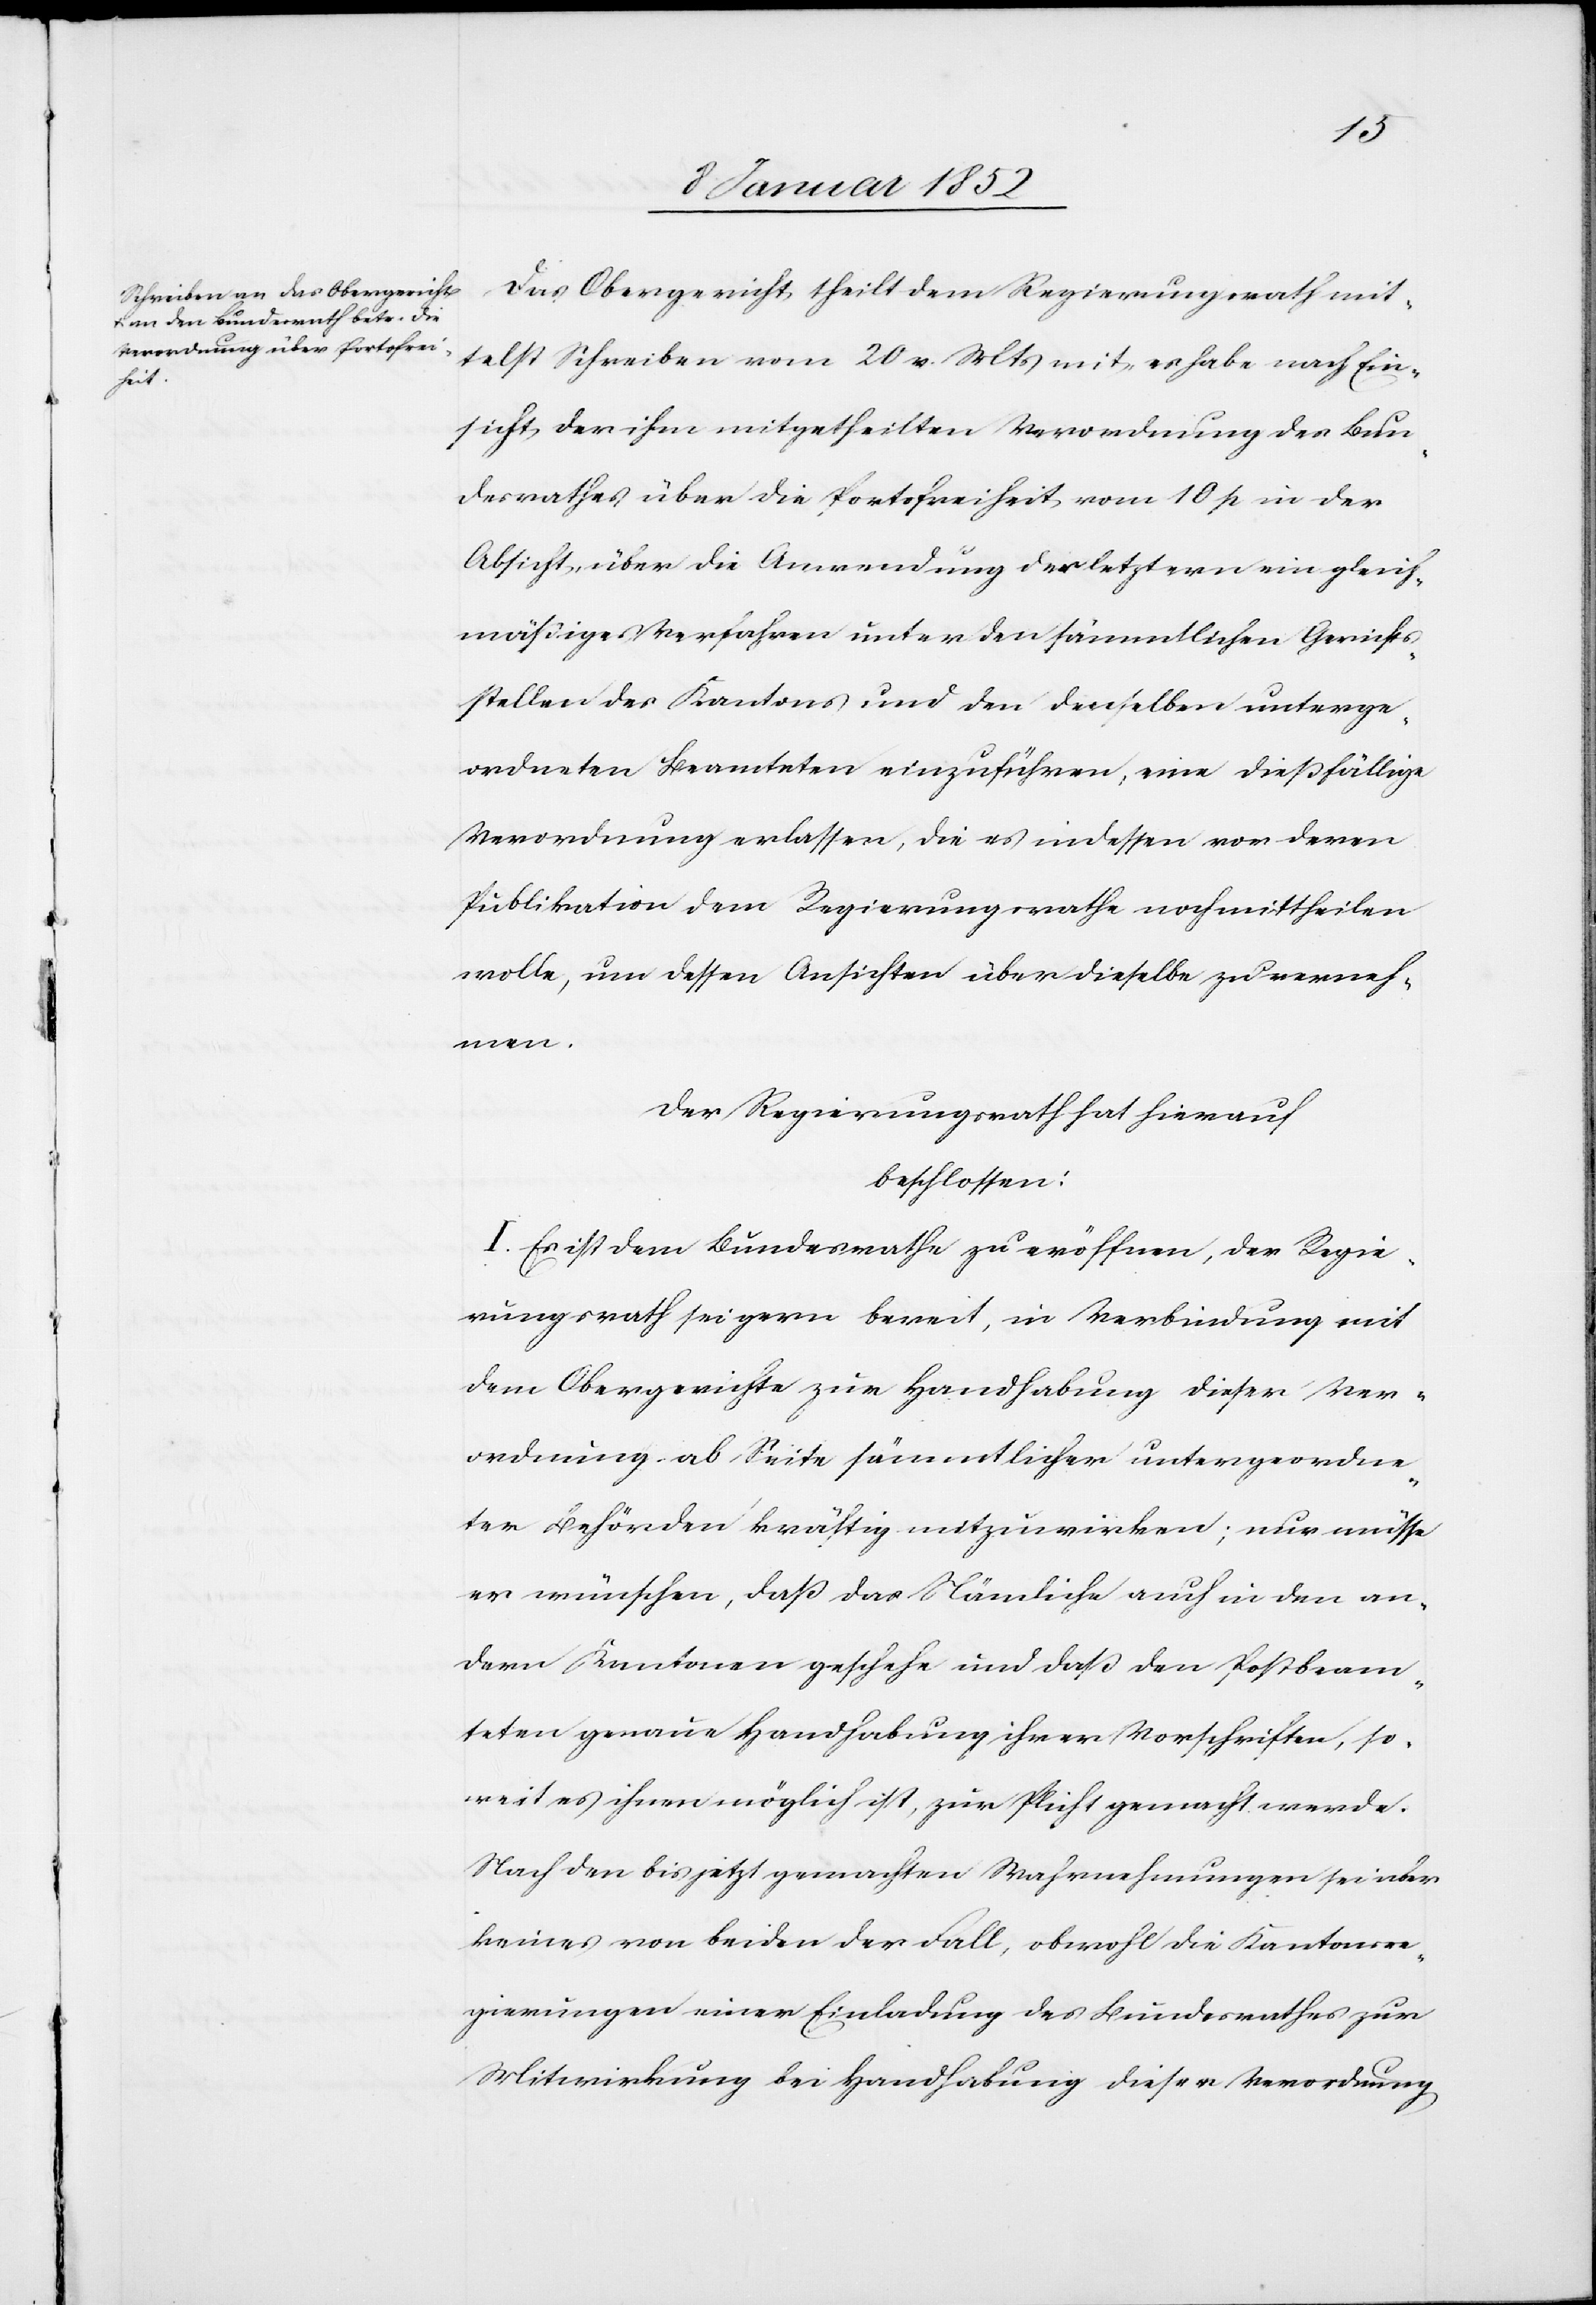
Das Obergericht theilt dem Regierungsrath mit¬
telst Schreiben vom 20. v. M mit, er habe nach Ein¬
sicht der ihm mitgetheilten Verordnung des Bun¬
desrathes über die Portofreiheit vom 10 p in der
Absicht über die Anwendung der letztern ein gleich¬
mäßige[s] Verfahren unter den sämmtlichen Gerichts¬
stellen des Kantons und den denselben unterge¬
ordneten Beamteten einzuführen, eine dießfällige
Verordnung erlassen, die es indessen vor deren
Publikation dem Regierungsrathe noch mittheilen
wolle, um dessen Ansichten über dieselbe zu verneh¬
men.
Der Regierungsrath hat hierauf
beschlossen:
I. Es ist dem Bundesrathe zu eröffnen, der Regie¬
rungsrath sei gern bereit, in Verbindung mit
dem Obergerichte zur Handhabung dieser Ver¬
ordnung ab Seite sämmtlicher untergeordne¬
ter Behörden kräftig mitzuwirken; nur müsse
er wünschen, daß das Nämliche auch in den an¬
dern Kantonen geschehe und daß den Postbeam¬
teten genaue Handhabung ihrer Vorschriften, so¬
weit es ihnen möglich ist, zur Pflicht gemacht werde.
Nach den bis jetzt gemachten Wahrnehmungen sei aber
keines von beiden der Fall, obwohl die Kantonsre¬
gierungen einer Einladung des Bundesrathes zur
Mitwirkung bei Handhabung dieser Verordnung